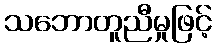
သဘောတူညီမှုဖြင့်